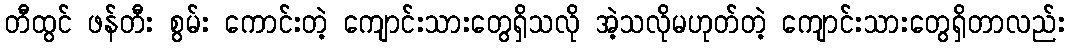
တီထွင် ဖန်တီး စွမ်း ကောင်းတဲ့ ကျောင်းသားတွေရှိသလို အဲ့သလိုမဟုတ်တဲ့ ကျောင်းသားတွေရှိတာလည်း